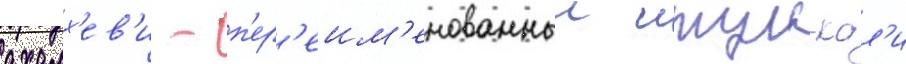
ахалх'ев'и - п'ер'еим'енованныи итум-кал'и